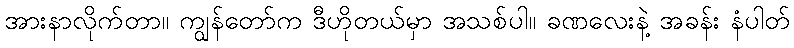
အားနာလိုက်တာ။ ကျွန်တော်က ဒီဟိုတယ်မှာ အသစ်ပါ။ ခဏလေးနဲ့ အခန်း နံပါတ်